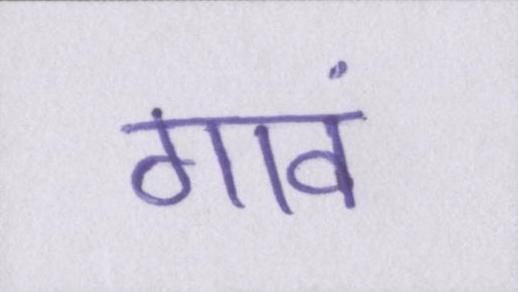
गावं